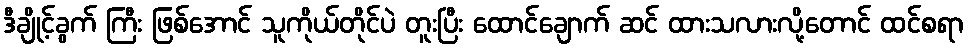
ဒီချိုင့်ခွက် ကြီး ဖြစ်အောင် သူကိုယ်တိုင်ပဲ တူးပြီး ထောင်ချောက် ဆင် ထားသလားလို့တောင် ထင်စရာ